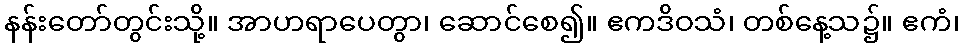
နန်းတော်တွင်းသို့။ အာဟရာပေတွာ၊ ဆောင်စေ၍။ ဧကဒိဝသံ၊ တစ်နေ့သ၌။ ဧကံ၊